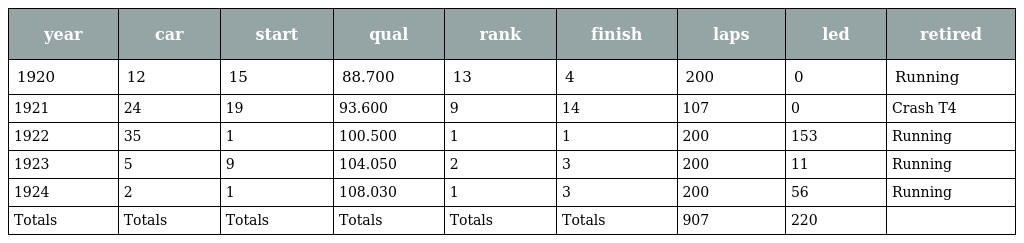
| year | car | start | qual | rank | finish | laps | led | retired |
 | --- | --- | --- | --- | --- | --- | --- | --- | --- |
 | 1920 | 12 | 15 | 88.700 | 13 | 4 | 200 | 0 | Running |
 | 1921 | 24 | 19 | 93.600 | 9 | 14 | 107 | 0 | Crash T4 |
 | 1922 | 35 | 1 | 100.500 | 1 | 1 | 200 | 153 | Running |
 | 1923 | 5 | 9 | 104.050 | 2 | 3 | 200 | 11 | Running |
 | 1924 | 2 | 1 | 108.030 | 1 | 3 | 200 | 56 | Running |
 | Totals | Totals | Totals | Totals | Totals | Totals | 907 | 220 |  |